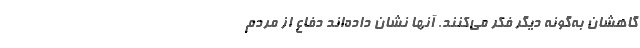
گاهشان به‌گونه دیگر فکر می‌کنند. آنها نشان داده‌اند دفاع از مردم